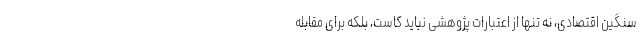
سنگین اقتصادی، نه تنها از اعتبارات پژوهشی نباید کاست، بلکه برای مقابله